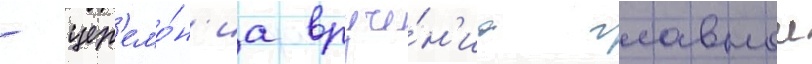
- цер'емо́н'иа вруче́н'иа главнои